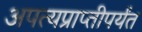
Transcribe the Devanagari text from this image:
अपत्यप्राप्तीपर्यंत